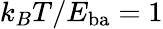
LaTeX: k_{B}T/E_{\mathrm{ba}}=1